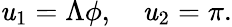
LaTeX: \mathit{u}_{1}=\Lambda\phi,\quad\mathit{u}_{2}=\pi.